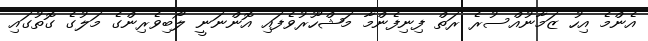
އެންމެ އިހު ޒަމާނުއްސުރެ ރަތް ފިނިފެންމާ މަޝްހޫރުވެފައި އޮންނަނީ ލޯބިވެރިންގެ މަލުގެ ގޮތުގައި